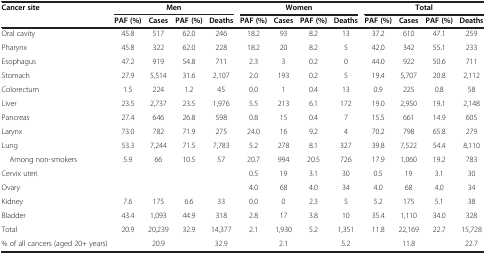
<table><thead><tr><td rowspan="2"><b>Cancer site</b></td><td colspan="4"><b>Men</b></td><td colspan="4"><b>Women</b></td><td colspan="4"><b>Total</b></td></tr><tr><td><b>PAF (%)</b></td><td><b>Cases</b></td><td><b>PAF (%)</b></td><td><b>Deaths</b></td><td><b>PAF (%)</b></td><td><b>Cases</b></td><td><b>PAF (%)</b></td><td><b>Deaths</b></td><td><b>PAF (%)</b></td><td><b>Cases</b></td><td><b>PAF (%)</b></td><td><b>Deaths</b></td></tr></thead><tbody><tr><td>Oral cavity</td><td>45.8</td><td>517</td><td>62.0</td><td>246</td><td>18.2</td><td>93</td><td>8.2</td><td>13</td><td>37.2</td><td>610</td><td>47.1</td><td>259</td></tr><tr><td>Pharynx</td><td>45.8</td><td>322</td><td>62.0</td><td>228</td><td>18.2</td><td>20</td><td>8.2</td><td>5</td><td>42.0</td><td>342</td><td>55.1</td><td>233</td></tr><tr><td>Esophagus</td><td>47.2</td><td>919</td><td>54.8</td><td>711</td><td>2.3</td><td>3</td><td>0.2</td><td>0</td><td>44.0</td><td>922</td><td>50.6</td><td>711</td></tr><tr><td>Stomach</td><td>27.9</td><td>5,514</td><td>31.6</td><td>2,107</td><td>2.0</td><td>193</td><td>0.2</td><td>5</td><td>19.4</td><td>5,707</td><td>20.8</td><td>2,112</td></tr><tr><td>Colorectum</td><td>1.5</td><td>224</td><td>1.2</td><td>45</td><td>0.0</td><td>1</td><td>0.4</td><td>13</td><td>0.9</td><td>225</td><td>0.8</td><td>58</td></tr><tr><td>Liver</td><td>23.5</td><td>2,737</td><td>23.5</td><td>1,976</td><td>5.5</td><td>213</td><td>6.1</td><td>172</td><td>19.0</td><td>2,950</td><td>19.1</td><td>2,148</td></tr><tr><td>Pancreas</td><td>27.4</td><td>646</td><td>26.8</td><td>598</td><td>0.8</td><td>15</td><td>0.4</td><td>7</td><td>15.5</td><td>661</td><td>14.9</td><td>605</td></tr><tr><td>Larynx</td><td>73.0</td><td>782</td><td>71.9</td><td>275</td><td>24.0</td><td>16</td><td>9.2</td><td>4</td><td>70.2</td><td>798</td><td>65.8</td><td>279</td></tr><tr><td>Lung</td><td>53.3</td><td>7,244</td><td>71.5</td><td>7,783</td><td>5.2</td><td>278</td><td>8.1</td><td>327</td><td>39.8</td><td>7,522</td><td>54.4</td><td>8,110</td></tr><tr><td> Among non-smokers</td><td>5.9</td><td>66</td><td>10.5</td><td>57</td><td>20.7</td><td>994</td><td>20.5</td><td>726</td><td>17.9</td><td>1,060</td><td>19.2</td><td>783</td></tr><tr><td>Cervix uteri</td><td> </td><td> </td><td> </td><td> </td><td>0.5</td><td>19</td><td>3.1</td><td>30</td><td>0.5</td><td>19</td><td>3.1</td><td>30</td></tr><tr><td>Ovary</td><td> </td><td> </td><td> </td><td> </td><td>4.0</td><td>68</td><td>4.0</td><td>34</td><td>4.0</td><td>68</td><td>4.0</td><td>34</td></tr><tr><td>Kidney</td><td>7.6</td><td>175</td><td>6.6</td><td>33</td><td>0.0</td><td>0</td><td>2.3</td><td>5</td><td>5.2</td><td>175</td><td>5.1</td><td>38</td></tr><tr><td>Bladder</td><td>43.4</td><td>1,093</td><td>44.9</td><td>318</td><td>2.8</td><td>17</td><td>3.8</td><td>10</td><td>35.4</td><td>1,110</td><td>34.0</td><td>328</td></tr><tr><td>Total</td><td>20.9</td><td>20,239</td><td>32.9</td><td>14,377</td><td>2.1</td><td>1,930</td><td>5.2</td><td>1,351</td><td>11.8</td><td>22,169</td><td>22.7</td><td>15,728</td></tr><tr><td>% of all cancers (aged 20+ years)</td><td> </td><td>20.9</td><td> </td><td>32.9</td><td> </td><td>2.1</td><td> </td><td>5.2</td><td> </td><td>11.8</td><td> </td><td>22.7</td></tr></tbody></table>